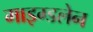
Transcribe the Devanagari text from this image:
माइग्डलेन